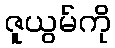
ဇူယွမ်ကို